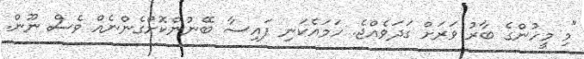
"މި މީހުންގެ ބާރު ވަރަށް ގަދަވެއްޖެ. ހަމައެކަަނި ފައިސާ ބޭނުންކޮށްގެންނެއް ވެސް ނޫން.